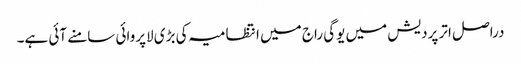
دراصل اتر پردیش میں یوگی راج میں انتظامیہ کی بڑی لاپروائی سامنے آئی ہے۔